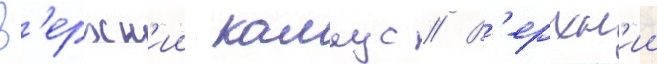
В'ерхн'ии калаус // В'ерхн'ии